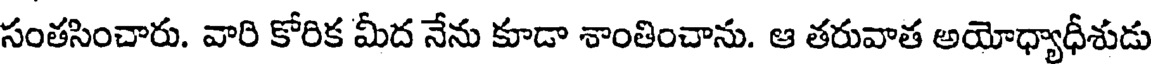
సంతసించారు. వారి కోరిక మీద నేను కూడా శాంతించాను. ఆ తరువాత అయోధ్యాధీశుడు